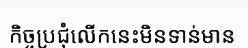
កិច្ចប្រជុំលើកនេះមិនទាន់មាន